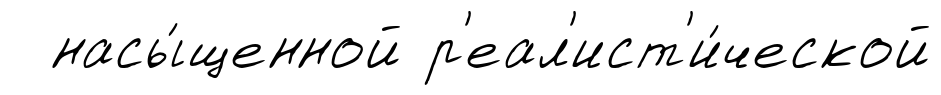
насы́щенной р'еал'ист'и́ческой